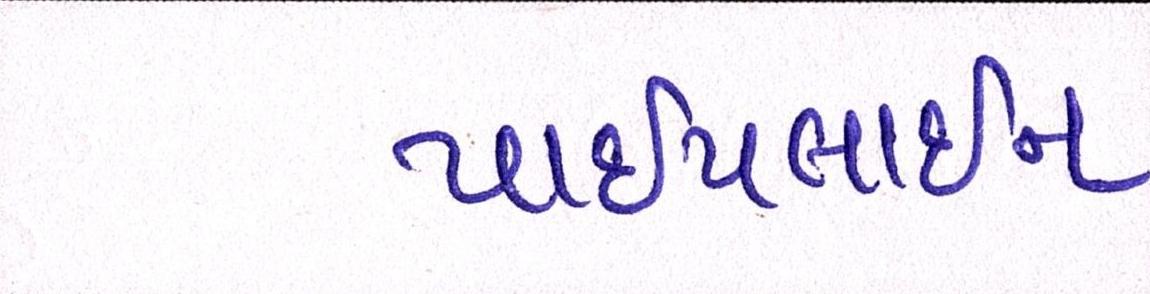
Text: પાઈપલાઈન